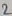
Text: 2